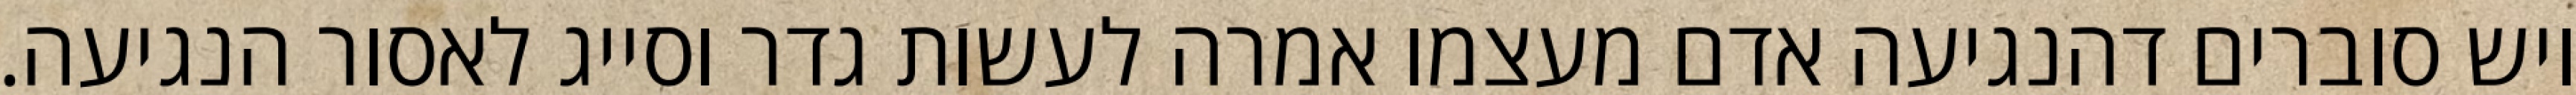
ויש סוברים דהנגיעה אדם מעצמו אמרה לעשות גדר וסייג לאסור הנגיעה.